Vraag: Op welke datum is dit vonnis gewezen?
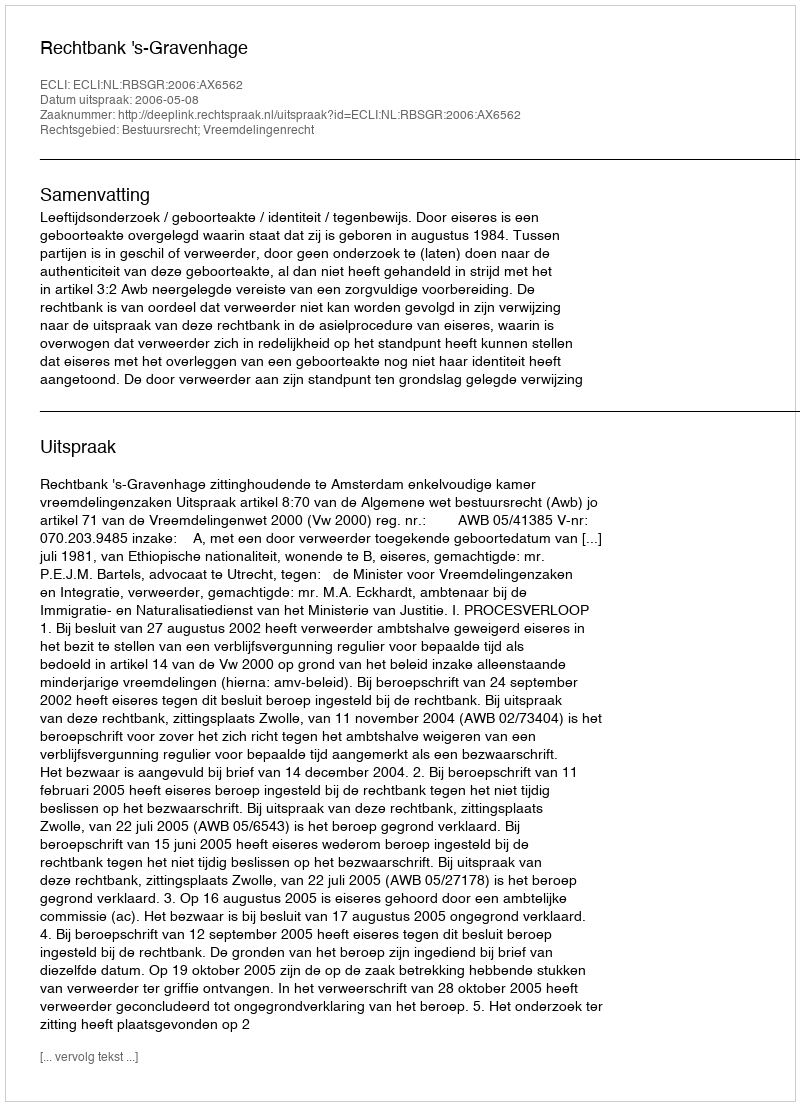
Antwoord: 2006-05-08